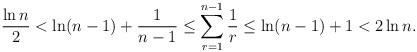
LaTeX: \begin{align*}\frac{\ln n}{2}<\ln (n-1)+\frac{1}{n-1}\leq \sum_{r=1}^{n-1} \frac{1}{r}\leq \ln (n-1)+1<2\ln n.\end{align*}